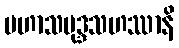
မဟာသမုဒ္ဒသဟဿာနိ